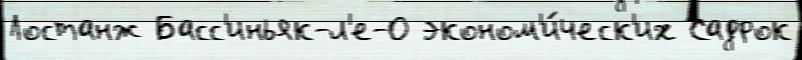
Лостанж Басс'иньяк-л'е-О эконом'и́ческ'их Садрок